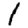
Digit: 1